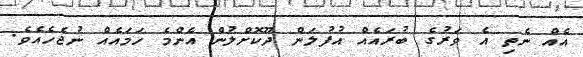
އެއް ނެތި އެ ވަރުގެ ބުރައެއް އުފުލަން ދޫކޮށްލުން އެންމެ ހަމައެއް ނުޖެހެއެވެ.